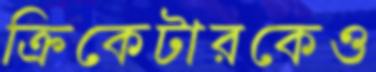
ক্রিকেটারকেও